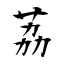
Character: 荔